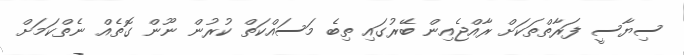
ސިޔާސީ ފަރާތްތަކަށް ރާއްޖެއިން ބޭރުގައި ތިބެ މަސައްކަތް ކުރުން ނޫން ގޮތެއް ނެތްކަމަށް